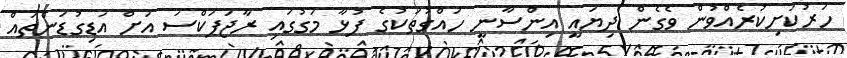
ހަރުކަށިކުރެއްވުން ވެގެން ދިޔައީ އިންސާނީ ހައްގުތަކުގެ ފުޅާ މަގުގައި ރާޖަޕަކްސަ އަށް އަޑިގުޑަންތައް